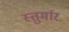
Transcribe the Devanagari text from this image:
स्तुर्मार